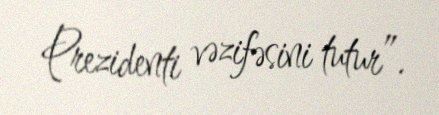
Prezidenti vəzifəsini tutur”.